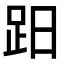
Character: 𧿭